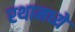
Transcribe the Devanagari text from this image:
रथामध्ये